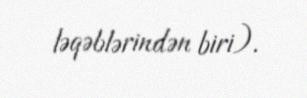
ləqəblərindən biri).